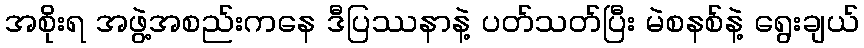
အစိုးရ အဖွဲ့အစည်းကနေ ဒီပြဿနာနဲ့ ပတ်သတ်ပြီး မဲစနစ်နဲ့ ရွေးချယ်